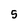
Character: 5